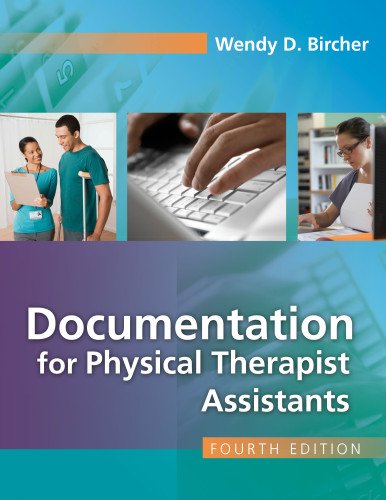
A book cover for Documentation for the Physical Therapist Assistant; Wendy Bircher PT  EdD; Medical Books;